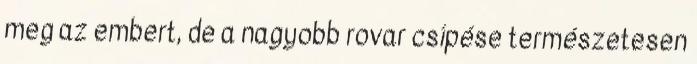
meg az embert, de a nagyobb rovar csípése természetesen